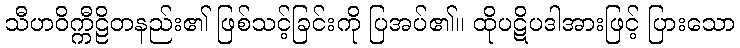
သီဟဝိက္ကီဠိတနည်း၏ ဖြစ်သင့်ခြင်းကို ပြအပ်၏။ ထိုပဋိပဒါအားဖြင့် ပြားသော